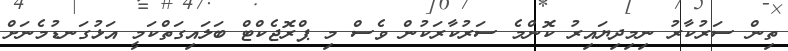
ތިން ސަރުކާރު ނިމިދިޔައިރު ކޮންމެ ސަރުކާރަކުން ވެސް މި ޕްރޮޖެކްޓް ބަލައިގަތްކަމީ އަޅުގަނޑުމެނަށް